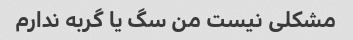
مشکلی نیست من سگ یا گربه ندارم